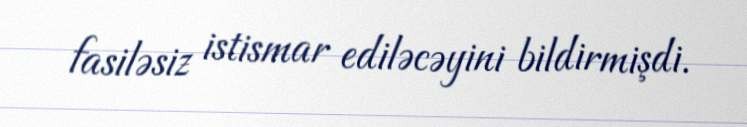
fasiləsiz istismar ediləcəyini bildirmişdi.